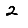
Digit: 2